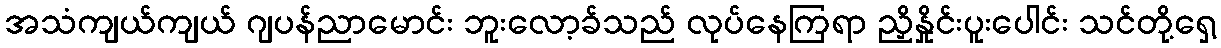
အသံကျယ်ကျယ် ဂျပန်ညာမောင်း ဘူးလော့ခ်သည် လုပ်နေကြရာ ညှိနှိုင်းပူးပေါင်း သင်တို့ရှေ့